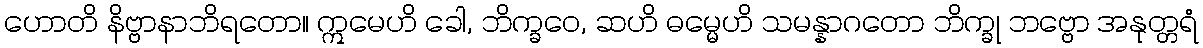
ဟောတိ နိဗ္ဗာနာဘိရတော။ ဣမေဟိ ခေါ, ဘိက္ခဝေ, ဆဟိ ဓမ္မေဟိ သမန္နာဂတော ဘိက္ခု ဘဗ္ဗော အနုတ္တရံ